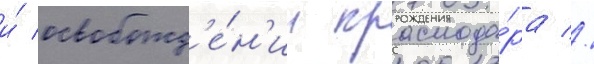
и́ освобожд'е́н'ии краснода́ра //